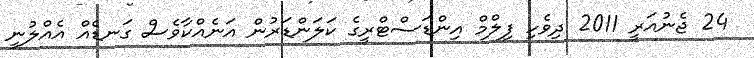
24 ޖެނުއަރީ 2011 ދިވެހި ފިލްމް އިންޑަސްޓްރީގެ ކަލަންޑަރުން އަނެއްކާވެސް ގަނޑެއް އެއްލުނީ